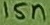
Text: 15n